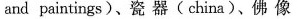
and paintings)、瓷器(china)、佛像